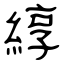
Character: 綧